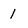
Character: 1